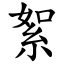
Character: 絮